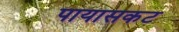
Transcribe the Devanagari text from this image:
पायासकट